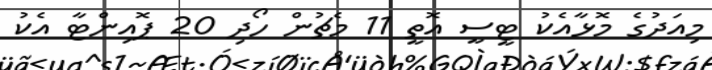
މިއަދުގެ މޮޅާއެކު ޓީސީ އޮތީ 11 މެޗުން ހޯދި 20 ޕޮއިންޓާ އެކު